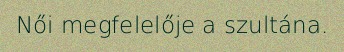
Női megfelelője a szultána.